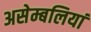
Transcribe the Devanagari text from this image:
असेम्बलियां